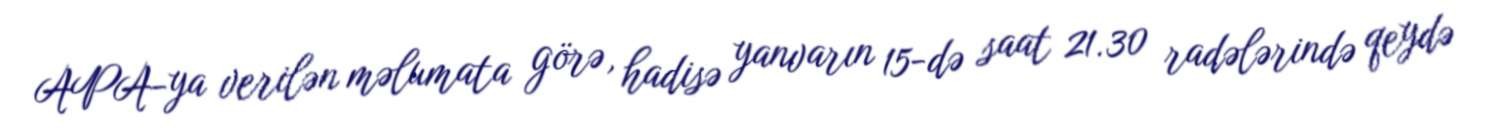
APA-ya verilən məlumata görə, hadisə yanvarın 15-də saat 21.30 radələrində qeydə